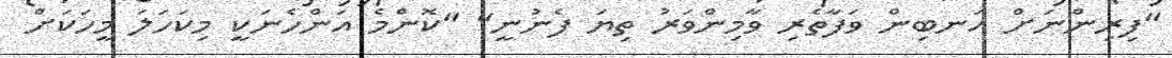
"ފިރިންނަށް އަނބިން ވަފާތެރި ވާމިންވަރު ތިޔަ ފެނުނީ" "ކޮންމެ އަންހެނަކީ މިކަހަލަ މީހަކަށް